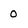
Character: 0